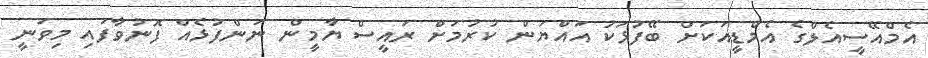
އެމްއޭސީއެލްގެ އެމްޑީއަކަށް ބޭފުޅަކު އައްޔަން ކުރުމަށް ރައީސް ޔާމީން ނަންފުޅެއް ފޮނުވާފައި މިވަނީ